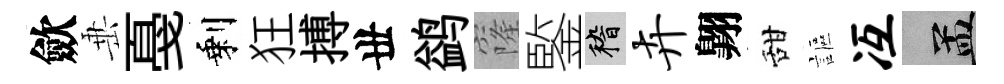
歛𡸁戞剩狂搏丗鹢窿鍳稽卉翺甜謳冱汴